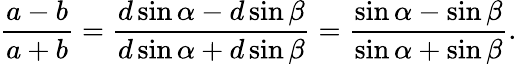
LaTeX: {\frac{a-b}{a+b}}={\frac{d\sin\alpha-d\sin\beta}{d\sin\alpha+d\sin\beta}}={\frac{\sin\alpha-\sin\beta}{\sin\alpha+\sin\beta}}.